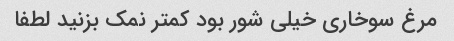
مرغ سوخاری خیلی شور بود کمتر نمک بزنید لطفا